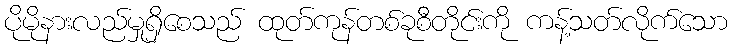
ပိုမိုနားလည်မှုရှိစေသည် ထုတ်ကုန်တစ်ခုစီတိုင်းကို ကန့်သတ်လိုက်သော